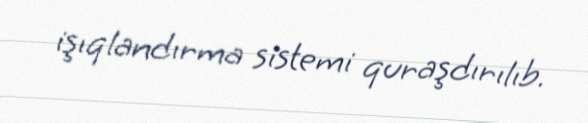
işıqlandırma sistemi quraşdırılıb.